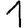
Digit: 1